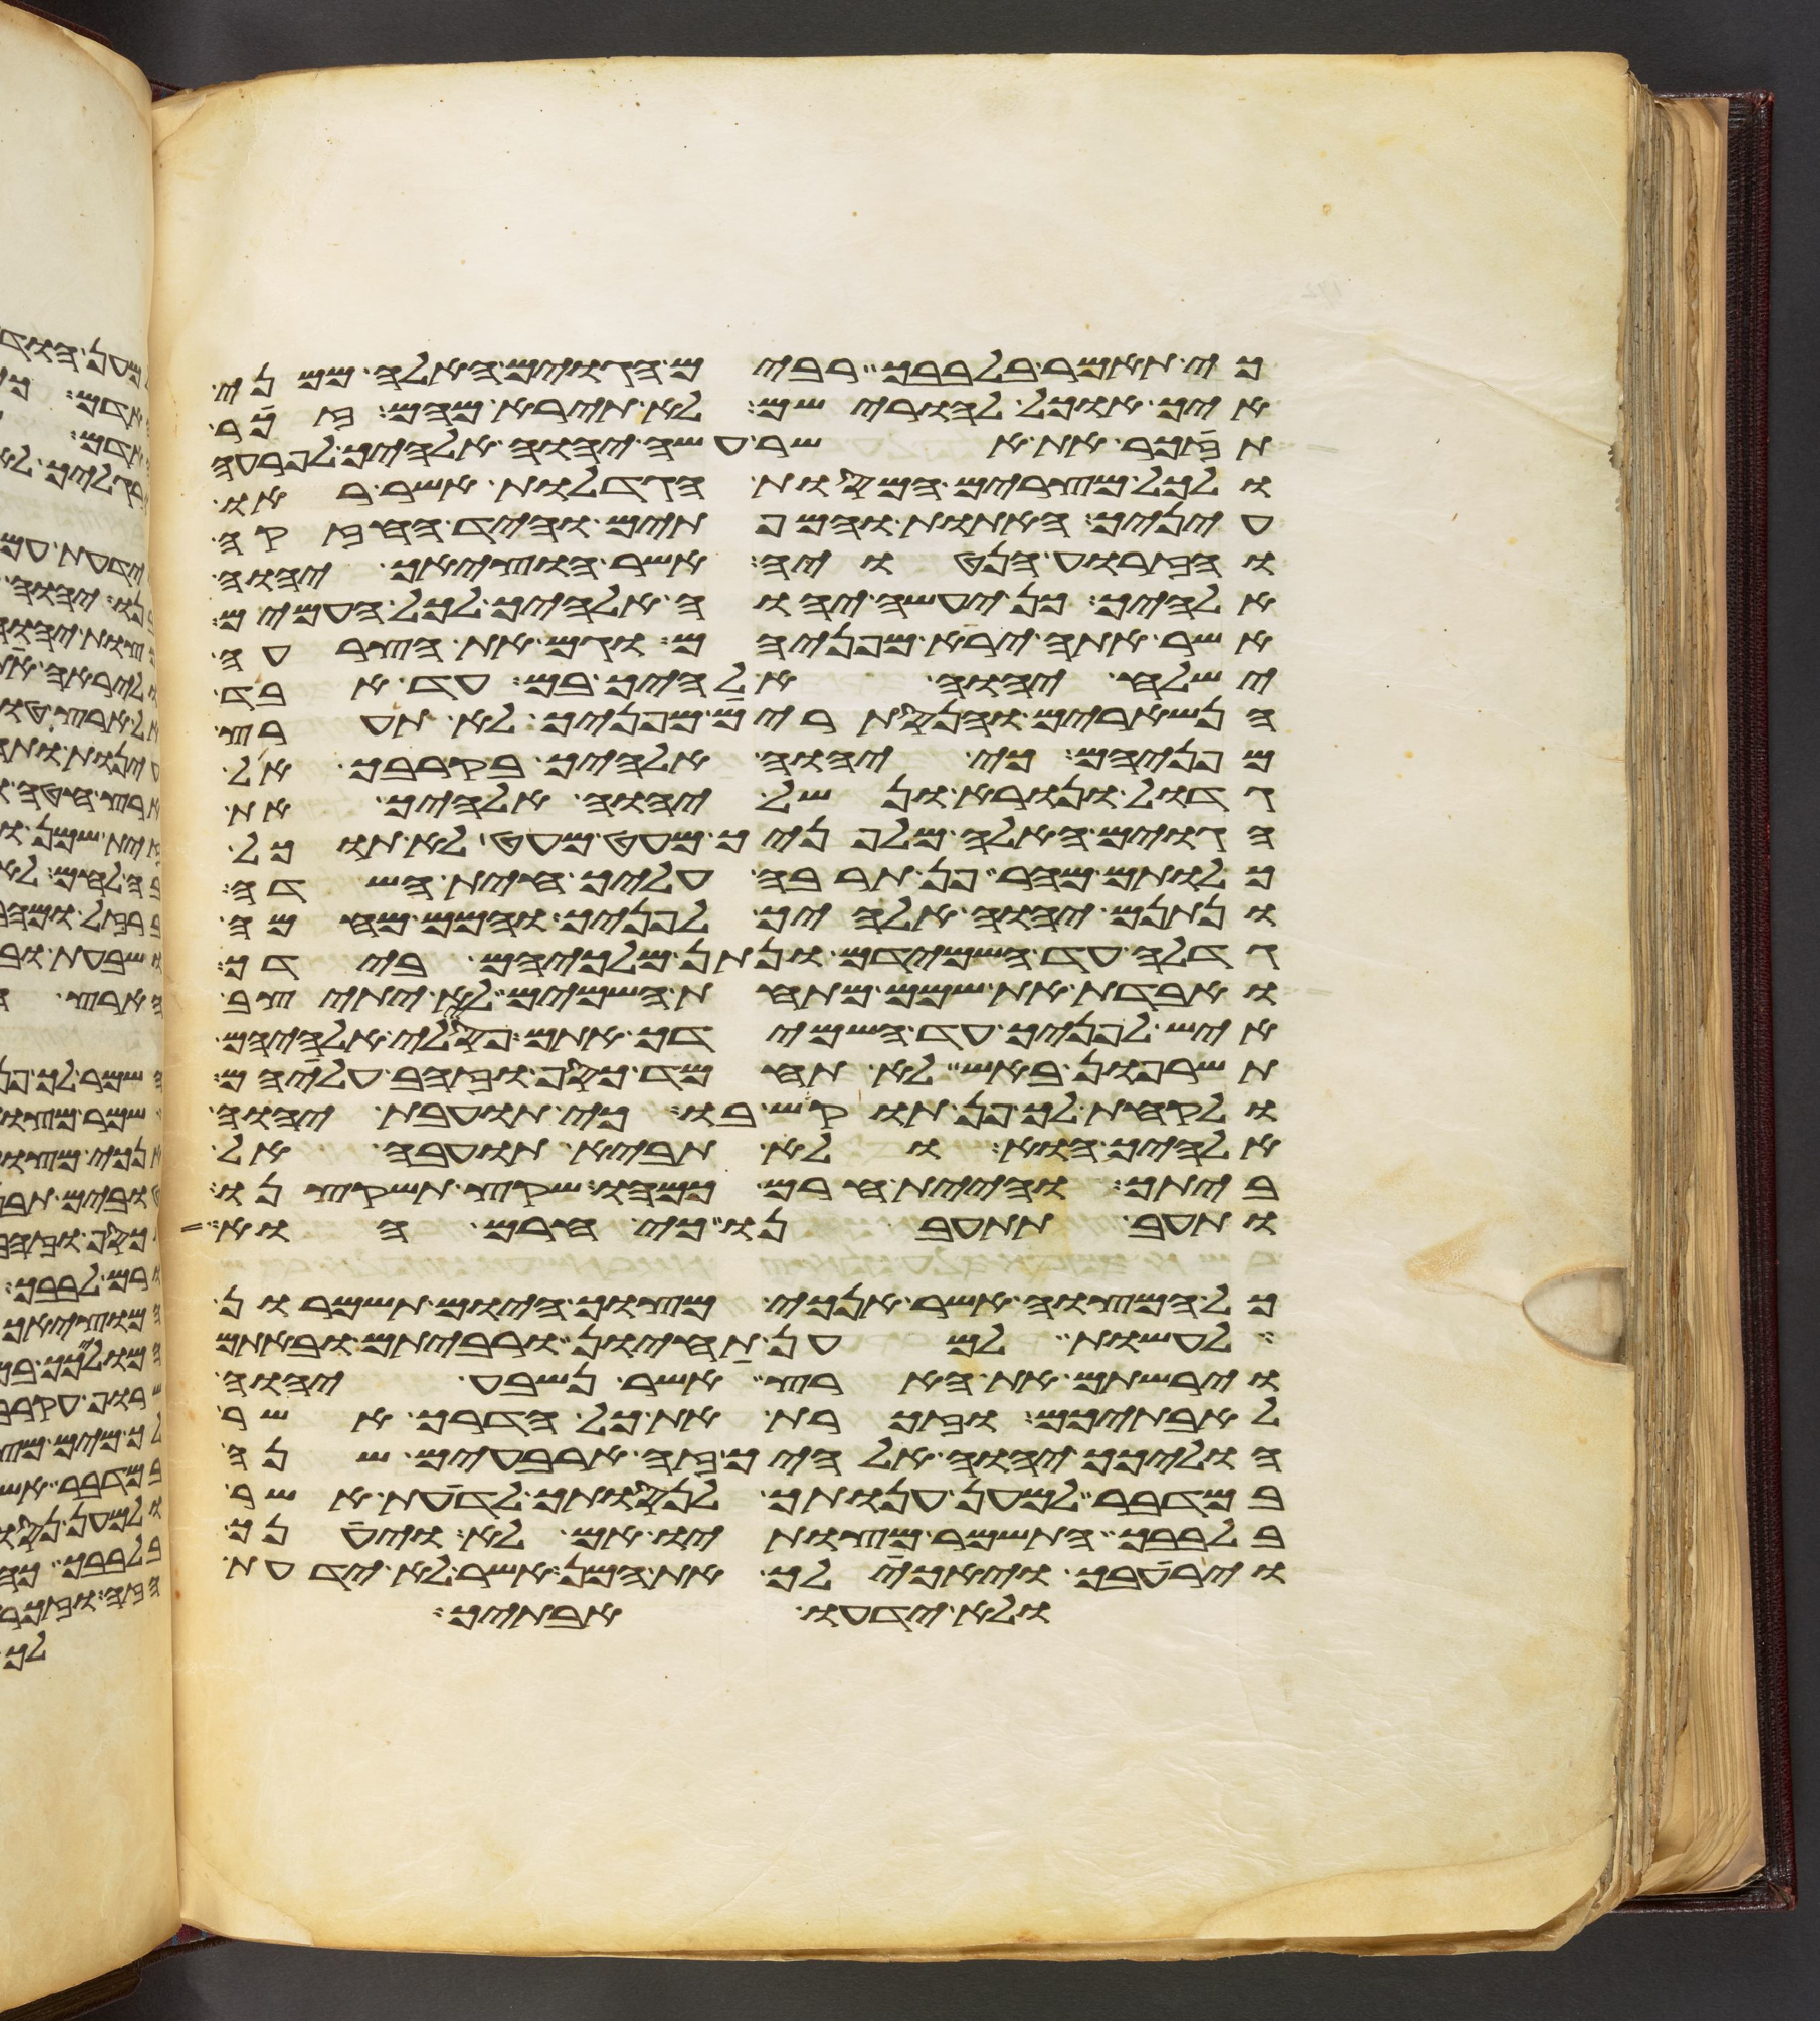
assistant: כי תאמר בלבבך רבים הגוים האלה ממני
איך אוכל להורישם לא תירא מהם זכר
תזכר את אשר עשה יהוה אלהיך לפרעה
ולכל מצרים המסות הגדלות אשר ראו
עיניך האתות והמופתים והיד החזקה
והזרוע הנטויה אשר הוציאך יהוה
אלהיך כן יעשה יהוה אלהיך לכל העמים
אשר אתה ירא מפניהם וגם את הצרעה
ישלח יהוה אלהיך בם עד אבד
הנשארים והנסתרים מפניך לא תערץ
מפניהם כי יהוה אלהיך בקרבך אל
גדול ונורא ונשל יהוה אלהיך את
הגוים האלה מלפניך מעט מעט לא תוכל
כלותם מהר פן תרבה עליך חית השדה
ונתנם יהוה אלהיך לפניך והמם מהמה
גדלה עד השמידם ונתן מלכיהם בידך
ואבדת את שמם מתחת השמים לא יתיצב
איש לפניך עד השמידך אתם פסילי אלהיהם
תשרפון באש לא תחמד כסף וזהב עליהם
ולקחת לך פן תוקש בו כי תועבת יהוה
אלהיך הוא ולא תביא תועבה אל
ביתך והיית חרם כמהו שקץ תשקצנו
ותעב תתעבנו כי חרם הוא
כל המצוה אשר אנכי מצוך היום תשמרון
לעשות למען תחיון ורביתם ובאתם
וירשתם את הארץ אשר נשבע יהוה
לאבתיכם וזכרת את כל הדרך אשר
הוליכך יהוה אלהיך זה ארבעים שנה
במדבר למען ענותך לנסותך לדעת אשר
בלבבך התשמר מצותיו אם לא ויענך
וירעבך ויאכילך את המן אשר לא ידעת
ולא ידעו אבתיך